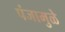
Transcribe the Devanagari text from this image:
पंजामुळे